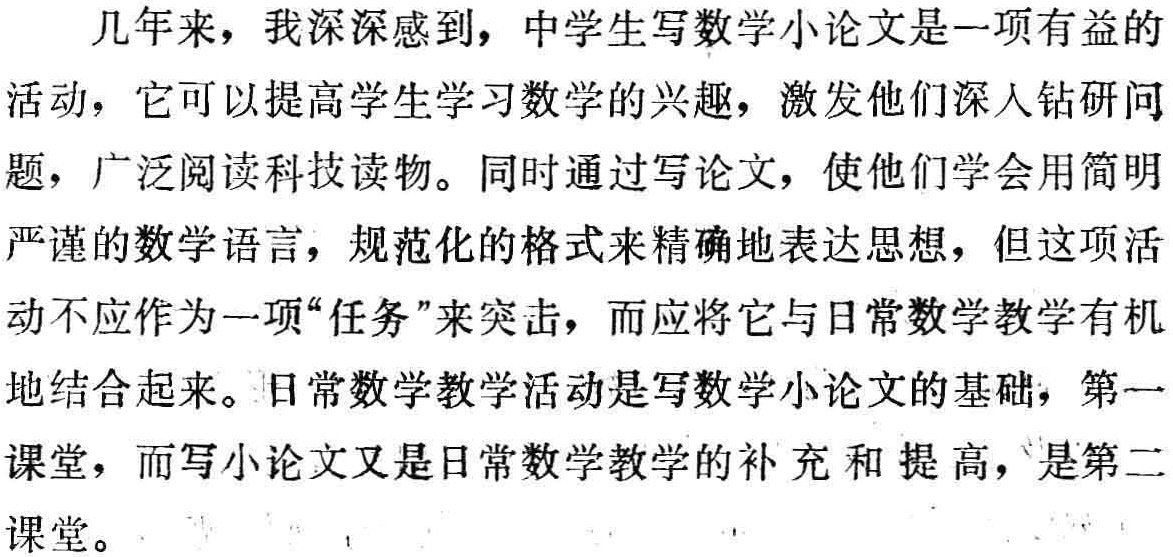
几年来，我深深感到，中学生写数学小论文是一项有益的活动，它可以提高学生学习数学的兴趣，激发他们深入钻研问题，广泛阅读科技读物。同时通过写论文，使他们学会用简明严谨的数学语言，规范化的格式来精确地表达思想，但这项活动不应作为一项“任务”来突击，而应将它与日常数学教学有机地结合起来。日常数学教学活动是写数学小论文的基础，第一课堂，而写小论文又是日常数学教学的补充和提高，是第二课堂。